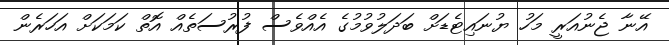
އޭނާ ޖެނުއަރީ މަހު ޔުނައިޓެޑަށް ބަދަލުވުމުގެ އެއްވެސް ފުރުސަތެއް އޮތް ކަމަކަށް އަހަރެން